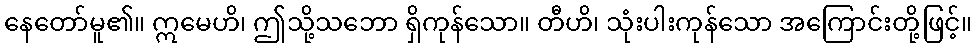
နေတော်မူ၏။ ဣမေဟိ၊ ဤသို့သဘော ရှိကုန်သော။ တီဟိ၊ သုံးပါးကုန်သော အကြောင်းတို့ဖြင့်။